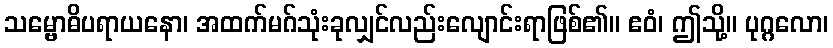
သမ္ဗောဓိပရာယနော၊ အထက်မဂ်သုံးခုလျှင်လည်းလျောင်းရာဖြစ်၏။ ဧဝံ၊ ဤသို့။ ပုဂ္ဂလော၊